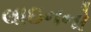
લાઇનનો